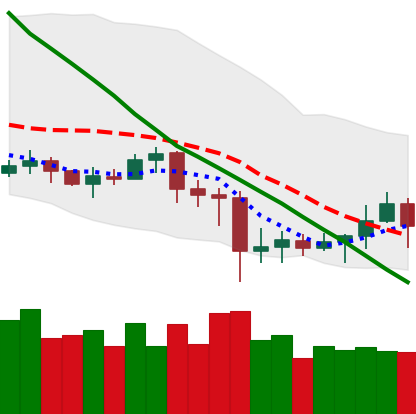
Ticker: EOS-USD
Chart end date: 2020-07-05
Forward return: 8.822%
Label: up_7plus